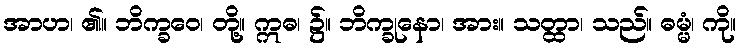
အာဟ၊ ၏။ ဘိက္ခဝေ၊ တို့။ ဣဓ၊ ၌။ ဘိက္ခုနော၊ အား။ သတ္ထာ၊ သည်။ ဓမ္မံ၊ ကို။